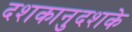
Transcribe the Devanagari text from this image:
दशकानुदशके